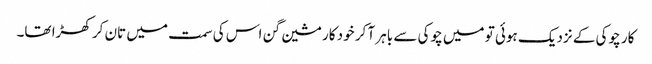
کار چوکی کے نزدیک ہوئی تو میں چوکی سے باہر آ کر خود کار مشین گن اس کی سمت میں تان کر کھڑا تھا۔